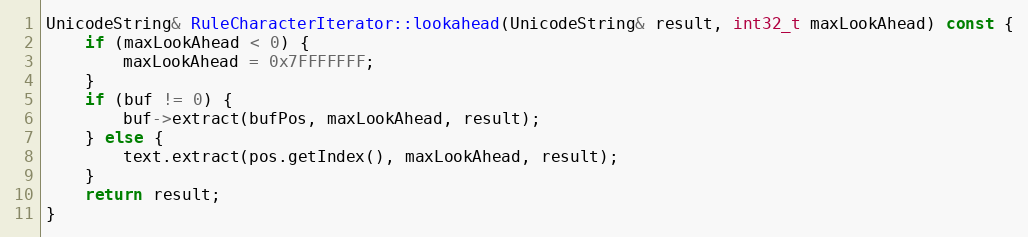
Language: C++
UnicodeString& RuleCharacterIterator::lookahead(UnicodeString& result, int32_t maxLookAhead) const {
    if (maxLookAhead < 0) {
        maxLookAhead = 0x7FFFFFFF;
    }
    if (buf != 0) {
        buf->extract(bufPos, maxLookAhead, result);
    } else {
        text.extract(pos.getIndex(), maxLookAhead, result);
    }
    return result;
}